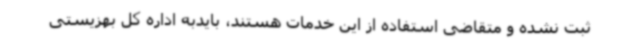
ثبت نشده و متقاضی استفاده از این خدمات هستند، بایدبه اداره کل بهزیستی